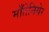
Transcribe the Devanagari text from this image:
माँतेनियेर